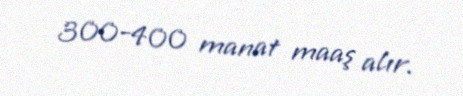
300-400 manat maaş alır.